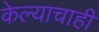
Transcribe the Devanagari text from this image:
केल्याचाही